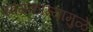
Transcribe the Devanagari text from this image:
सांगकाम्यामुळे